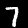
Label: 7